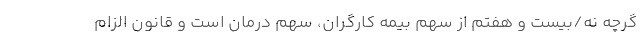
گرچه نُه/بیست و هفتم از سهم بیمه کارگران، سهم درمان است و قانون الزام